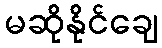
မဆိုနိုင်ချေ